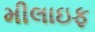
મીલાઇફ